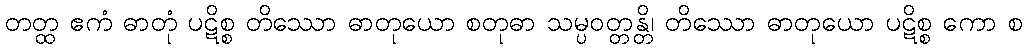
တတ္ထ ဧကံ ဓာတုံ ပဋိစ္စ တိဿော ဓာတုယော စတုဓာ သမ္ပဝတ္တန္တိ၊ တိဿော ဓာတုယော ပဋိစ္စ ကော စ